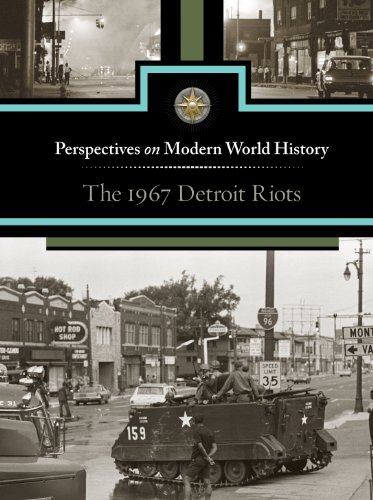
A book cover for The 1967 Detroit Riots (Perspectives on Modern World History); Noah Berlatsky; Teen & Young Adult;